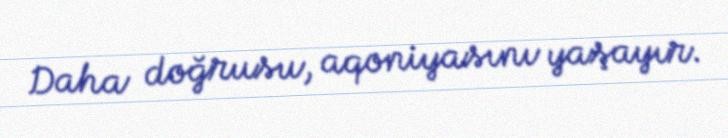
Daha doğrusu, aqoniyasını yaşayır.